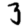
Digit: 3